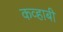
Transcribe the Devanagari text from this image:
कव्हाबी